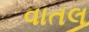
વાતલ